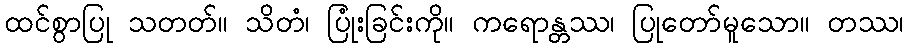
ထင်စွာပြု သတတ်။ သိတံ၊ ပြုံးခြင်းကို။ ကရောန္တဿ၊ ပြုတော်မူသော။ တဿ၊